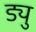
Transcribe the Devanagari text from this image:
ड्यु